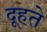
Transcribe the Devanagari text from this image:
दूहते